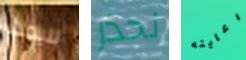
للبحث نحذر رعايته